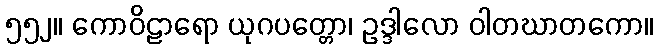
၅၅၂။ ကောဝိဠာရော ယုဂပတ္တော၊ ဥဒ္ဒါလော ဝါတဃာတကော။